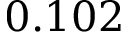
0 . 1 0 2